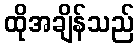
ထိုအချိန်သည်